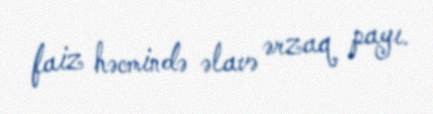
faiz həcmində əlavə ərzaq payı.